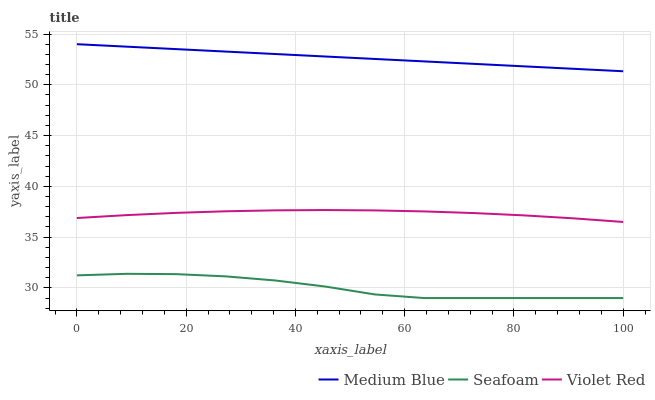
| xaxis_label | Medium Blue | Seafoam | Violet Red |
 | --- | --- | --- | --- |
 | 0 | 54 | 31.2 | 36.9 |
 | 9.09 | 53.8 | 31.4 | 37.2 |
 | 18.2 | 53.5 | 31.4 | 37.4 |
 | 27.3 | 53.3 | 31.1 | 37.5 |
 | 36.4 | 53 | 30.7 | 37.6 |
 | 45.5 | 52.8 | 30.1 | 37.7 |
 | 54.5 | 52.5 | 29.4 | 37.6 |
 | 63.6 | 52.3 | 29 | 37.5 |
 | 72.7 | 52.1 | 29 | 37.4 |
 | 81.8 | 51.8 | 29 | 37.1 |
 | 90.9 | 51.6 | 29 | 36.9 |
 | 100 | 51.3 | 29 | 36.5 |